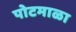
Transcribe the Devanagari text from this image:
पोटमाळा